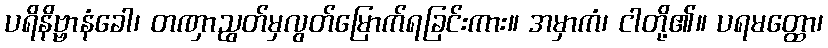
ပရိနိဗ္ဗာနံခေါ၊ တဏှာညွတ်မှလွတ်မြောက်ရခြင်းကား။ အမှာကံ၊ ငါတို့၏။ ပရမတ္ထော၊